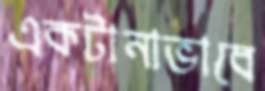
একটানাভাবে